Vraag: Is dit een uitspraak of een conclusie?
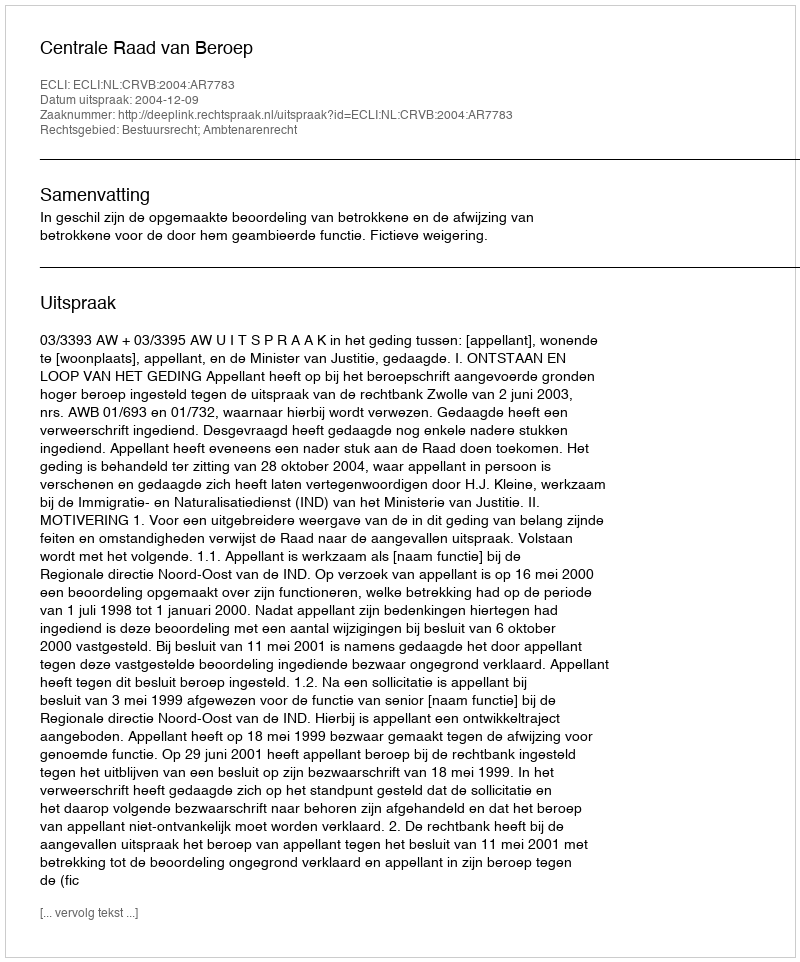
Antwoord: Uitspraak